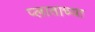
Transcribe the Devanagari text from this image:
प्लाताच्या